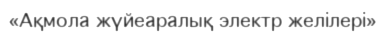
«Ақмола жүйеаралық электр желілері»